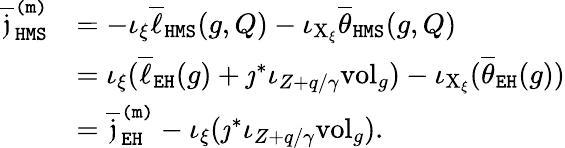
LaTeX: \begin{array}{rl}{\overline{{\mathfrak{j}}}_{\mathtt{HMS}}^{\mathtt{(m)}}}&{=-\iota_{\xi}\overline{{\ell}}_{\mathtt{HMS}}(g,Q)-\iota_{\mathrm{X}_{\xi}}\overline{{\theta}}_{\mathtt{HMS}}(g,Q)}\\ &{=\iota_{\xi}(\overline{{\ell}}_{\mathtt{EH}}(g)+\jmath^{*}\iota_{Z+q/\gamma}\mathrm{vol}_{g})-\iota_{\mathrm{X}_{\xi}}(\overline{{\theta}}_{\mathtt{EH}}(g))}\\ &{=\overline{{\mathfrak{j}}}_{\mathtt{EH}}^{\mathtt{(m)}}-\iota_{\xi}(\jmath^{*}\iota_{Z+q/\gamma}\mathrm{vol}_{g}).}\end{array}